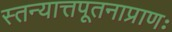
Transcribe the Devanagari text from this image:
स्तन्यात्तपूतनाप्राणः